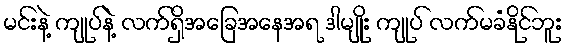
မင်းနဲ့ ကျုပ်နဲ့ လက်ရှိအခြေအနေအရ ဒါမျိုး ကျုပ် လက်မခံနိုင်ဘူး